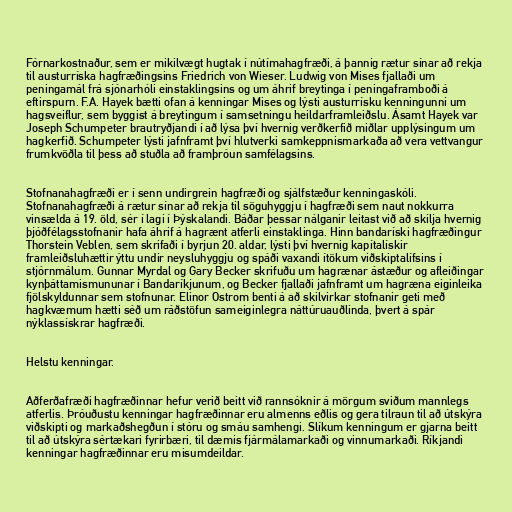
Fórnarkostnaður, sem er mikilvægt hugtak í nútímahagfræði, á þannig rætur sínar að rekja
til austurríska hagfræðingsins Friedrich von Wieser. Ludwig von Mises fjallaði um
peningamál frá sjónarhóli einstaklingsins og um áhrif breytinga í peningaframboði á
eftirspurn. F.A. Hayek bætti ofan á kenningar Mises og lýsti austurrísku kenningunni um
hagsveiflur, sem byggist á breytingum í samsetningu heildarframleiðslu. Ásamt Hayek var
Joseph Schumpeter brautryðjandi í að lýsa því hvernig verðkerfið miðlar upplýsingum um
hagkerfið. Schumpeter lýsti jafnframt því hlutverki samkeppnismarkaða að vera vettvangur
frumkvöðla til þess að stuðla að framþróun samfélagsins.

Stofnanahagfræði er í senn undirgrein hagfræði og sjálfstæður kenningaskóli.
Stofnanahagfræði á rætur sínar að rekja til söguhyggju í hagfræði sem naut nokkurra
vinsælda á 19. öld, sér í lagi í Þýskalandi. Báðar þessar nálganir leitast við að skilja hvernig
þjóðfélagsstofnanir hafa áhrif á hagrænt atferli einstaklinga. Hinn bandaríski hagfræðingur
Thorstein Veblen, sem skrifaði í byrjun 20. aldar, lýsti því hvernig kapítalískir
framleiðsluhættir ýttu undir neysluhyggju og spáði vaxandi ítökum viðskiptalífsins í
stjórnmálum. Gunnar Myrdal og Gary Becker skrifuðu um hagrænar ástæður og afleiðingar
kynþáttamismununar í Bandaríkjunum, og Becker fjallaði jafnframt um hagræna eiginleika
fjölskyldunnar sem stofnunar. Elinor Ostrom benti á að skilvirkar stofnanir geti með
hagkvæmum hætti séð um ráðstöfun sameiginlegra náttúruauðlinda, þvert á spár
nýklassískrar hagfræði.

Helstu kenningar.

Aðferðafræði hagfræðinnar hefur verið beitt við rannsóknir á mörgum sviðum mannlegs
atferlis. Þróuðustu kenningar hagfræðinnar eru almenns eðlis og gera tilraun til að útskýra
viðskipti og markaðshegðun í stóru og smáu samhengi. Slíkum kenningum er gjarna beitt
til að útskýra sértækari fyrirbæri, til dæmis fjármálamarkaði og vinnumarkaði. Ríkjandi
kenningar hagfræðinnar eru misumdeildar.